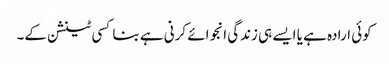
کوئی ارادہ ہے یا ایسے ہی زندگی انجوائے کرنی ہے بنا کسی ٹینشن کے۔